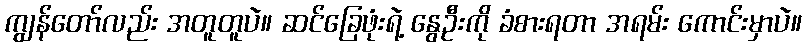
ကျွန်တော်လည်း အတူတူပဲ။ ဆင်ခြေဖုံးရဲ့ နွေဦးကို ခံစားရတာ အရမ်း ကောင်းမှာပဲ။